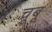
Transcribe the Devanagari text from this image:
चूबू